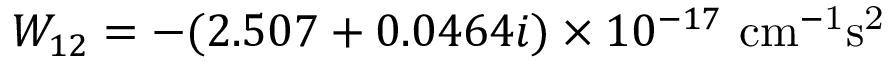
W _ { 1 2 } = - ( 2 . 5 0 7 + 0 . 0 4 6 4 i ) \times 1 0 ^ { - 1 7 } ~ \mathrm { c m ^ { - 1 } s ^ { 2 } }